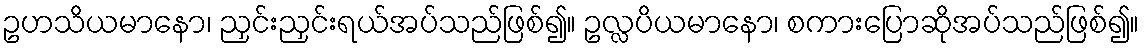
ဥဟသိယမာနော၊ ညှင်းညှင်းရယ်အပ်သည်ဖြစ်၍။ ဥလ္လပိယမာနော၊ စကားပြောဆိုအပ်သည်ဖြစ်၍။